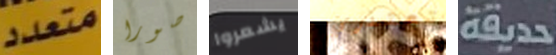
متعدد صورا يشعروا تعتذري حديقة